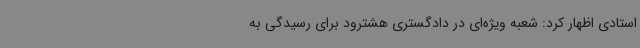
استادی اظهار کرد: شعبه ویژه‌ای در دادگستری هشترود برای رسیدگی به